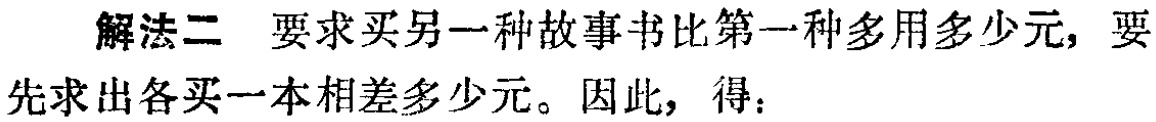
解法二 要求买另一种故事书比第一种多用多少元，要
先求出各买一本相差多少元。因此，得：